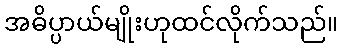
အဓိပ္ပာယ်မျိုးဟုထင်လိုက်သည်။